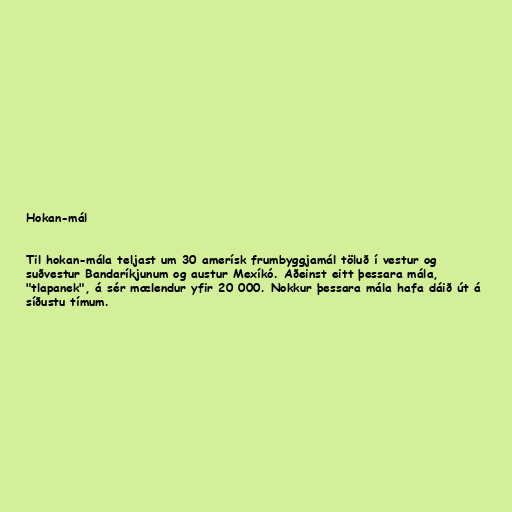
Hokan-mál

Til hokan-mála teljast um 30 amerísk frumbyggjamál töluð í vestur og
suðvestur Bandaríkjunum og austur Mexíkó. Aðeinst eitt þessara mála,
"tlapanek", á sér mælendur yfir 20 000. Nokkur þessara mála hafa dáið út á
síðustu tímum.